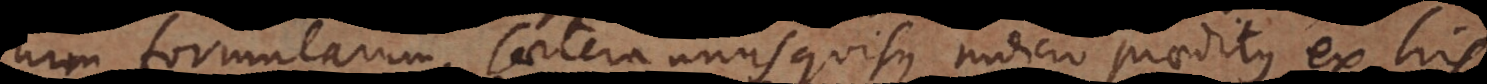
um, formularum. Caetera unusquisque judicio praeditus ex his